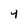
Character: Y